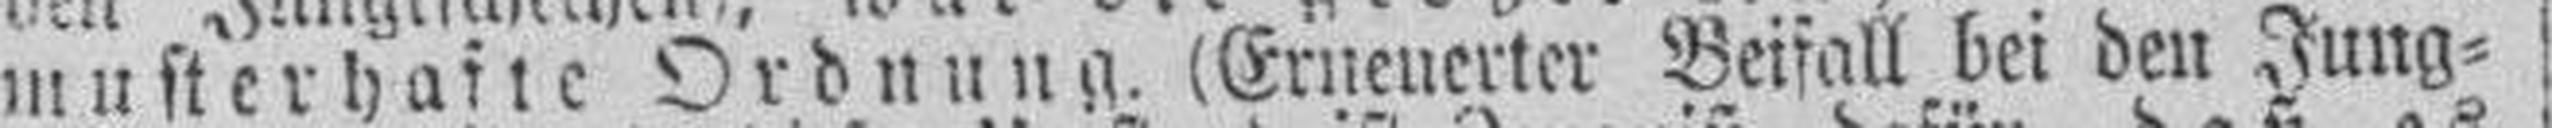
musterhafte Ordnung. (Erneuerter Beifall bei den Jung¬